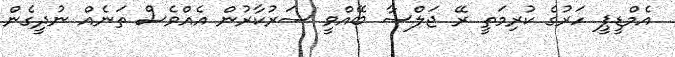
އެމްޑީޕީ ހަރުގެ ކުރިމަތީ ރޭ ޖަލްސާ ބޭއްވީ ސަރުކާރުން އެއްވެސް ތަނެއް ނުދީގެން